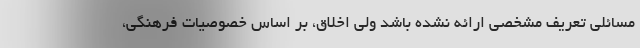
مسائلی تعریف مشخصی ارائه نشده باشد ولی اخلاق، بر اساس خصوصیات فرهنگی،